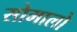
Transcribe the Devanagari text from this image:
सोमालो